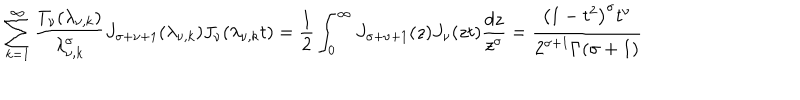
LaTeX: \sum _ { k = 1 } ^ { \infty } \frac { T _ { \nu } ( \lambda _ { \nu , k } ) } { \lambda _ { \nu , k } ^ { \sigma } } J _ { \sigma + \nu + 1 } ( \lambda _ { \nu , k } ) J _ { \nu } ( \lambda _ { \nu , k } t ) = \frac { 1 } { 2 } \int _ { 0 } ^ { \infty } { J _ { \sigma + \nu + 1 } ( z ) J _ { \nu } ( z t ) \frac { d z } { z ^ { \sigma } } } = \frac { \left( 1 - t ^ { 2 } \right) ^ { \sigma } t ^ { \nu } } { 2 ^ { \sigma + 1 } \Gamma ( \sigma + 1 ) }